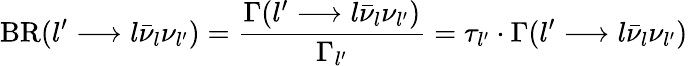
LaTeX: \mathrm{BR}(l^{\prime}\longrightarrow l\bar{\nu}_{l}\nu_{l^{\prime}})=\frac{\Gamma(l^{\prime}\longrightarrow l\bar{\nu}_{l}\nu_{l^{\prime}})}{\Gamma_{l^{\prime}}}=\tau_{l^{\prime}}\cdot\Gamma(l^{\prime}\longrightarrow l\bar{\nu}_{l}\nu_{l^{\prime}})